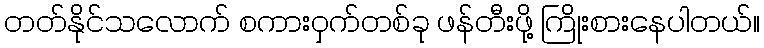
တတ်နိုင်သလောက် စကားဝှက်တစ်ခု ဖန်တီးဖို့ ကြိုးစားနေပါတယ်။